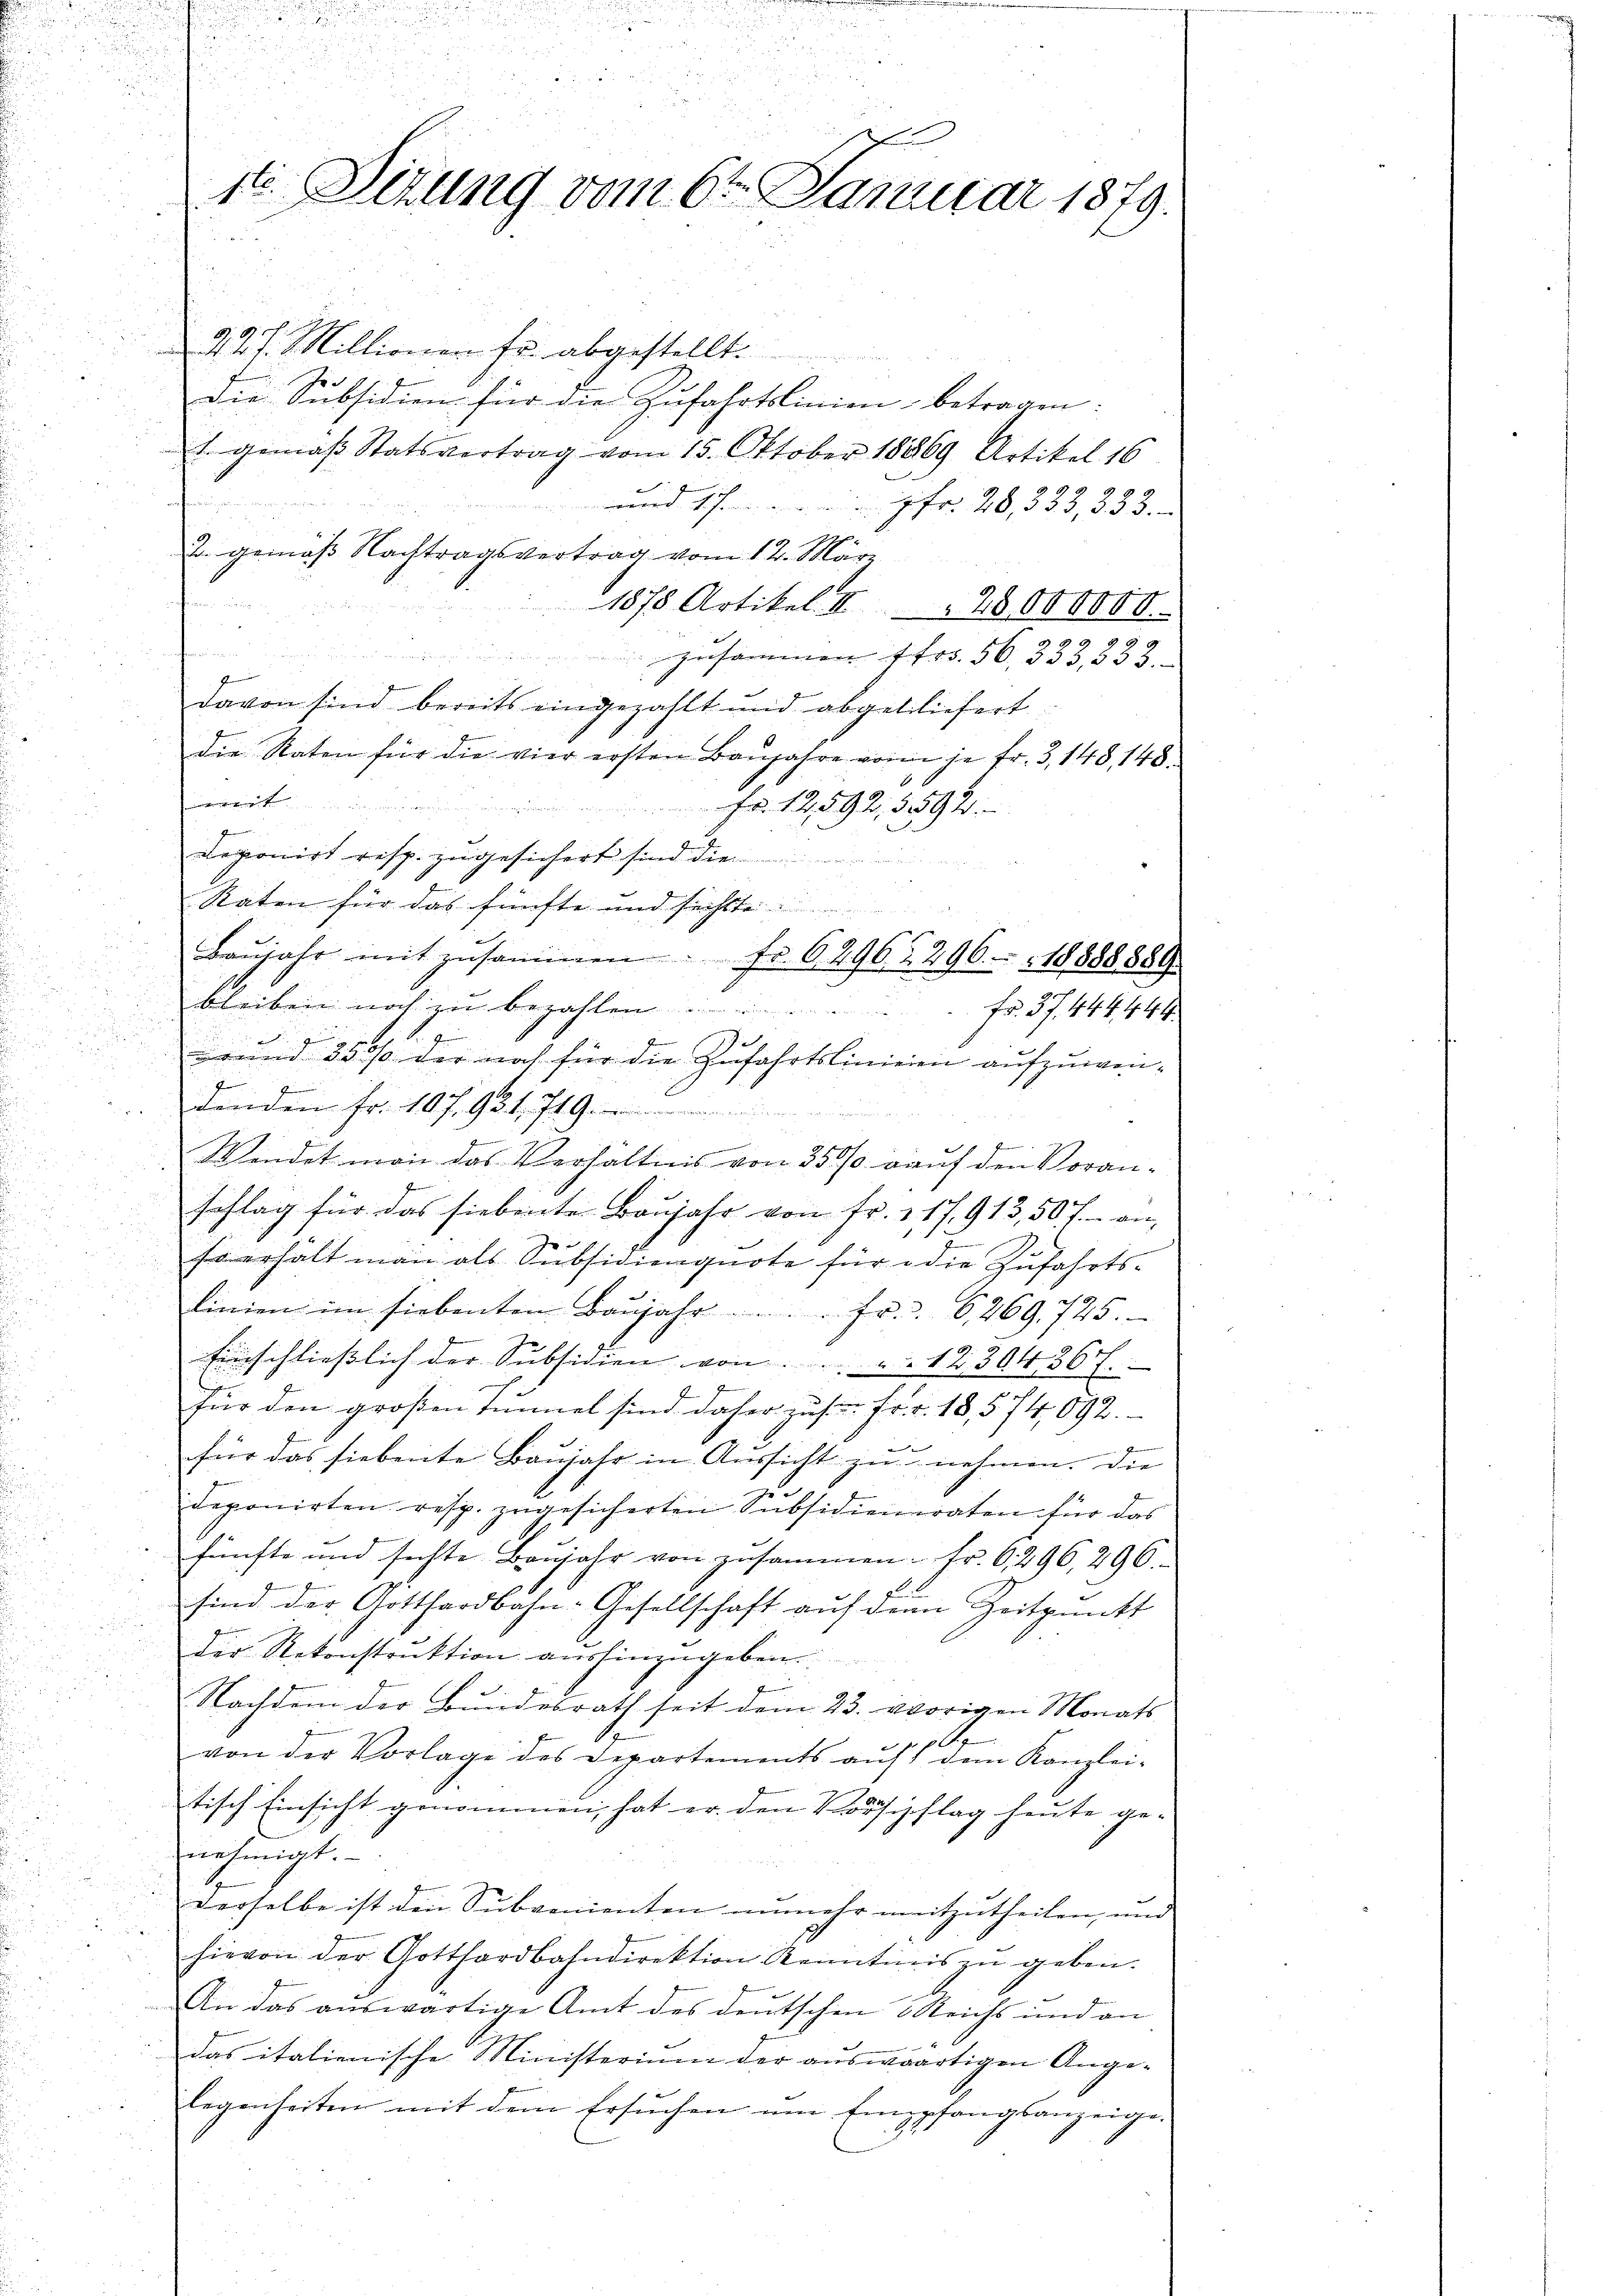
227. Millionen Fr. abgestellt.
.
Die Subsidien für die Zufahrtslinien betragen:
1. gemäβ Statsvertrag vom 15. Oktober 18869 Artikel 16
und 17. fr. 28, 333, 333.
2. gemäß Nachtragsvertrag vom 12. März
t
1878 Artikel II 28000000.
eg

e
zusammen 1 Fr. 56, 333,333.
i
f
davon sind bereits eingezahlt und abgebliefert
die Raten für die vier ersten Baŭjahre von je fr. 3, 148, 148
mit Fr. 12592, 3592.

deponirt resp. zugesichert sind die
Raten für das fünfte und sichtte
Baŭjahr mit zusammen. Fr. 62962. 296. 18888889
bleiben noch zu bezahlen. Fr. 37. 444444
7
.
vonm 3500 der noch für die Zufahrtslinieren aufzuweiz
denden Fr. 10 f. 951. 719
ii
Wendet man das Verhältnis von 3500. auf den Voran-
sachlag für das siebente Baŭjahr von fr. 217,913, 50 f. an,
n
fo erhält man als Subsidienquote für die Zufahrts-
linien im hiebenten Baŭjahr . . . . fr. 6269. 725.
hinschließlich der Subsidien von . . 1239436 f.
für den großen Tunnel sind daher zu Fr. v. 18,574,092.
für das siebente Baŭjahr in Aussicht zu nehmen. Die
deponirten resp. zugesicherten Subsidieneraten für das
fünfte und sechte Baŭjahr von zusammen - Fr. 6, 296, 296.
sind der Gotthardbahn-Gesellschaft auf den Zeitpunkt
Der Rekonstruktion aushinzugeben.
k
Nachdem der Bŭndesrath seit dem 23. vorigen Monats
A
.
von der Vorlage des Departements auf dem Kanzlei-
tisch Einsicht genommen, hat er den Vorschlag heute ge-
nehmigt.
derselbe ist den Subvenienten unmehr mitzutheilen, und
hievon der Gotthardbahndirektion Kenntnis zu geben.
An das auswärtige Amt des deutschen Reichs und an
das italienische Ministerium der auswärtigen Angelegenheiten mit dem Ersuchen am Empfangsanzeige.

d
d

u
1te Sitzung vom 6ten Januar 1879.
u